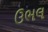
ઉભલ